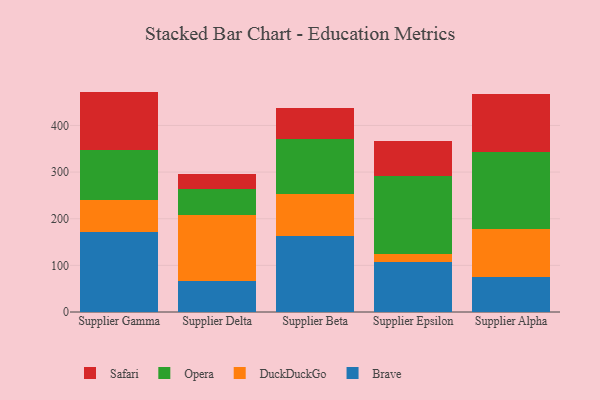
{"axis": {"x": "Supplier", "y": "Conversion Rate (%)"}, "legend": ["Brave", "DuckDuckGo", "Opera", "Safari"], "data": [{"x": "Supplier Gamma", "y": 170.7, "type": "Brave"}, {"x": "Supplier Gamma", "y": 70.3, "type": "DuckDuckGo"}, {"x": "Supplier Gamma", "y": 107.0, "type": "Opera"}, {"x": "Supplier Gamma", "y": 124.6, "type": "Safari"}, {"x": "Supplier Delta", "y": 67.0, "type": "Brave"}, {"x": "Supplier Delta", "y": 141.7, "type": "DuckDuckGo"}, {"x": "Supplier Delta", "y": 55.3, "type": "Opera"}, {"x": "Supplier Delta", "y": 31.2, "type": "Safari"}, {"x": "Supplier Beta", "y": 163.6, "type": "Brave"}, {"x": "Supplier Beta", "y": 90.1, "type": "DuckDuckGo"}, {"x": "Supplier Beta", "y": 116.2, "type": "Opera"}, {"x": "Supplier Beta", "y": 67.9, "type": "Safari"}, {"x": "Supplier Epsilon", "y": 107.5, "type": "Brave"}, {"x": "Supplier Epsilon", "y": 17.3, "type": "DuckDuckGo"}, {"x": "Supplier Epsilon", "y": 167.8, "type": "Opera"}, {"x": "Supplier Epsilon", "y": 73.2, "type": "Safari"}, {"x": "Supplier Alpha", "y": 75.4, "type": "Brave"}, {"x": "Supplier Alpha", "y": 102.8, "type": "DuckDuckGo"}, {"x": "Supplier Alpha", "y": 165.7, "type": "Opera"}, {"x": "Supplier Alpha", "y": 123.3, "type": "Safari"}]}